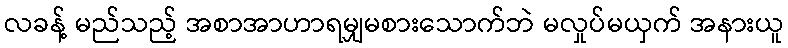
လခန့် မည်သည့် အစာအာဟာရမျှမစားသောက်ဘဲ မလှုပ်မယှက် အနားယူ